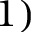
1 )